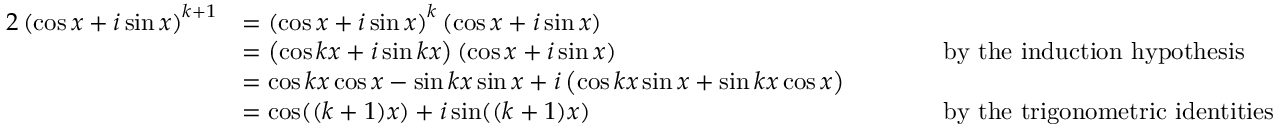
{ \begin{array} { r l r l } { { 2 } \left( \cos x + i \sin x \right) ^ { k + 1 } } & { = \left( \cos x + i \sin x \right) ^ { k } \left( \cos x + i \sin x \right) } \\ & { = \left( \cos k x + i \sin k x \right) \left( \cos x + i \sin x \right) } & & { \qquad { \mathrm { b y ~ t h e ~ i n d u c t i o n ~ h y p o t h e s i s } } } \\ & { = \cos k x \cos x - \sin k x \sin x + i \left( \cos k x \sin x + \sin k x \cos x \right) } \\ & { = \cos ( ( k + 1 ) x ) + i \sin ( ( k + 1 ) x ) } & & { \qquad { \mathrm { b y ~ t h e ~ t r i g o n o m e t r i c ~ i d e n t i t i e s } } } \end{array} }